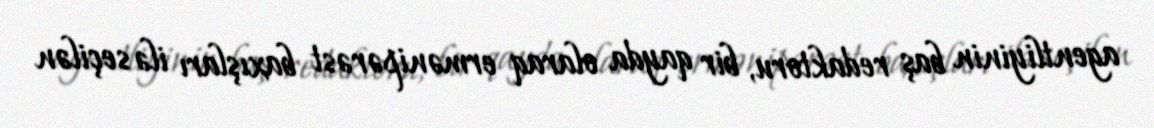
agentliyinin baş redaktoru, bir qayda olaraq ermənipərəst baxışları ilə seçilən